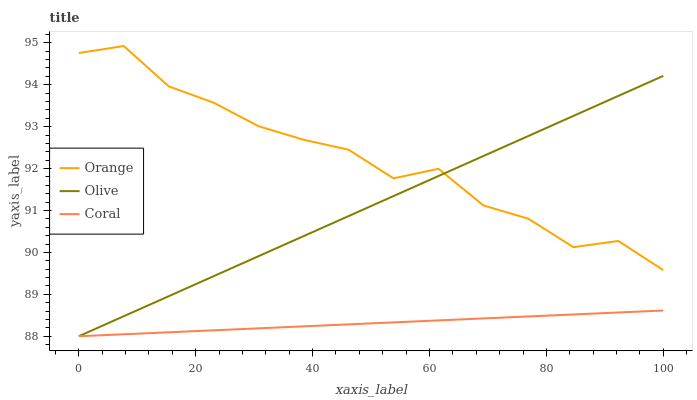
| xaxis_label | Orange | Olive | Coral |
 | --- | --- | --- | --- |
 | 0 | 94.8 | 88 | 88 |
 | 7.69 | 94.9 | 88.5 | 88 |
 | 15.4 | 94 | 89 | 88.1 |
 | 23.1 | 93.6 | 89.4 | 88.1 |
 | 30.8 | 93 | 89.9 | 88.2 |
 | 38.5 | 92.7 | 90.4 | 88.2 |
 | 46.2 | 92.5 | 90.9 | 88.3 |
 | 53.8 | 91.8 | 91.3 | 88.3 |
 | 61.5 | 92 | 91.8 | 88.4 |
 | 69.2 | 91.1 | 92.3 | 88.4 |
 | 76.9 | 90.8 | 92.8 | 88.5 |
 | 84.6 | 90.1 | 93.3 | 88.5 |
 | 92.3 | 90.3 | 93.7 | 88.6 |
 | 100 | 89.6 | 94.2 | 88.6 |